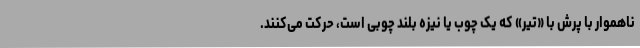
ناهموار با پرش با «تیر» که یک چوب یا نیزه بلند چوبی است، حرکت می‌کنند.